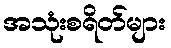
အသုံးစရိတ်များ